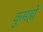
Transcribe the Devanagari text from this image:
कुमहो